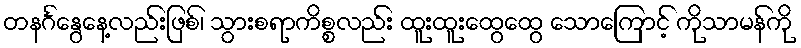
တနင်္ဂနွေနေ့လည်းဖြစ်၊ သွားစရာကိစ္စလည်း ထူးထူးထွေထွေ သောကြောင့် ကိုသာမန်ကို